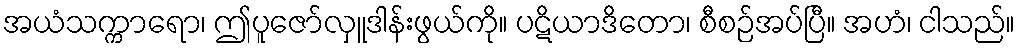
အယံသက္ကာရော၊ ဤပူဇော်လှူဒါန်းဖွယ်ကို။ ပဋိယာဒိတော၊ စီစဉ်အပ်ပြီ။ အဟံ၊ ငါသည်။